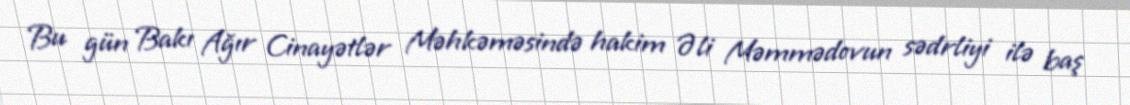
Bu gün Bakı Ağır Cinayətlər Məhkəməsində hakim Əli Məmmədovun sədrliyi ilə baş